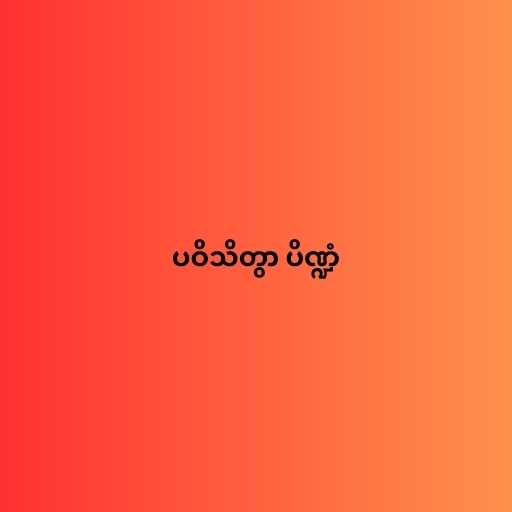
ပဝိသိတွာ ပိဏ္ဍံ